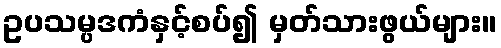
ဥပသမ္ပဒကံနှင့်စပ်၍ မှတ်သားဖွယ်များ။